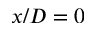
x / D = 0